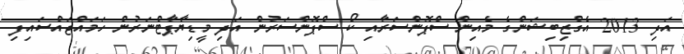
އަދި 2013 އެގްޒިބިޝަންގެ މެއިން ސްޕޮންސަރާއި ކޯ ސްޕޮންސަރުން އަދި މީޑިޔާޕާޓްނަރުން ހަމައްޖައްސައިފި